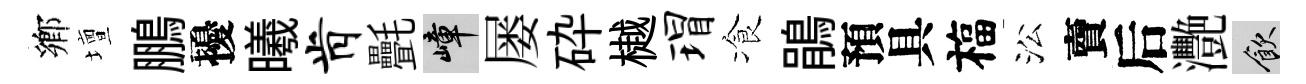
鄕壇鵬擾曦肯㲲嶂屡砕樾瑁飡鵑預具福㳂𧶠后灧飲